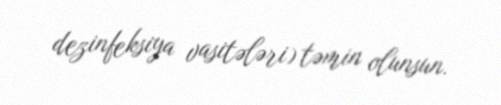
dezinfeksiya vasitələri) təmin olunsun.